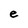
Character: e